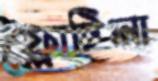
ফ্লোটিলা